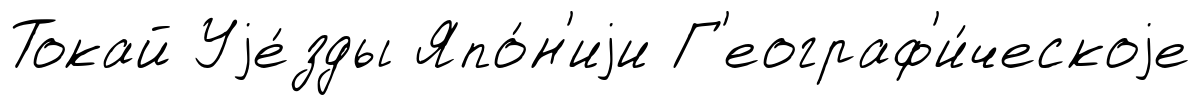
Токай Уjе́зды Япо́н'иjи Г'еограф'и́ческоjе